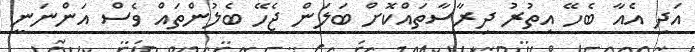
އަދި އެއާ ބެހޭ އިތުރު ދިރާސާތައްކޮށް ބަލަން ޖެހޭ ބެލުންތައް ވެސް އަންނަނީ